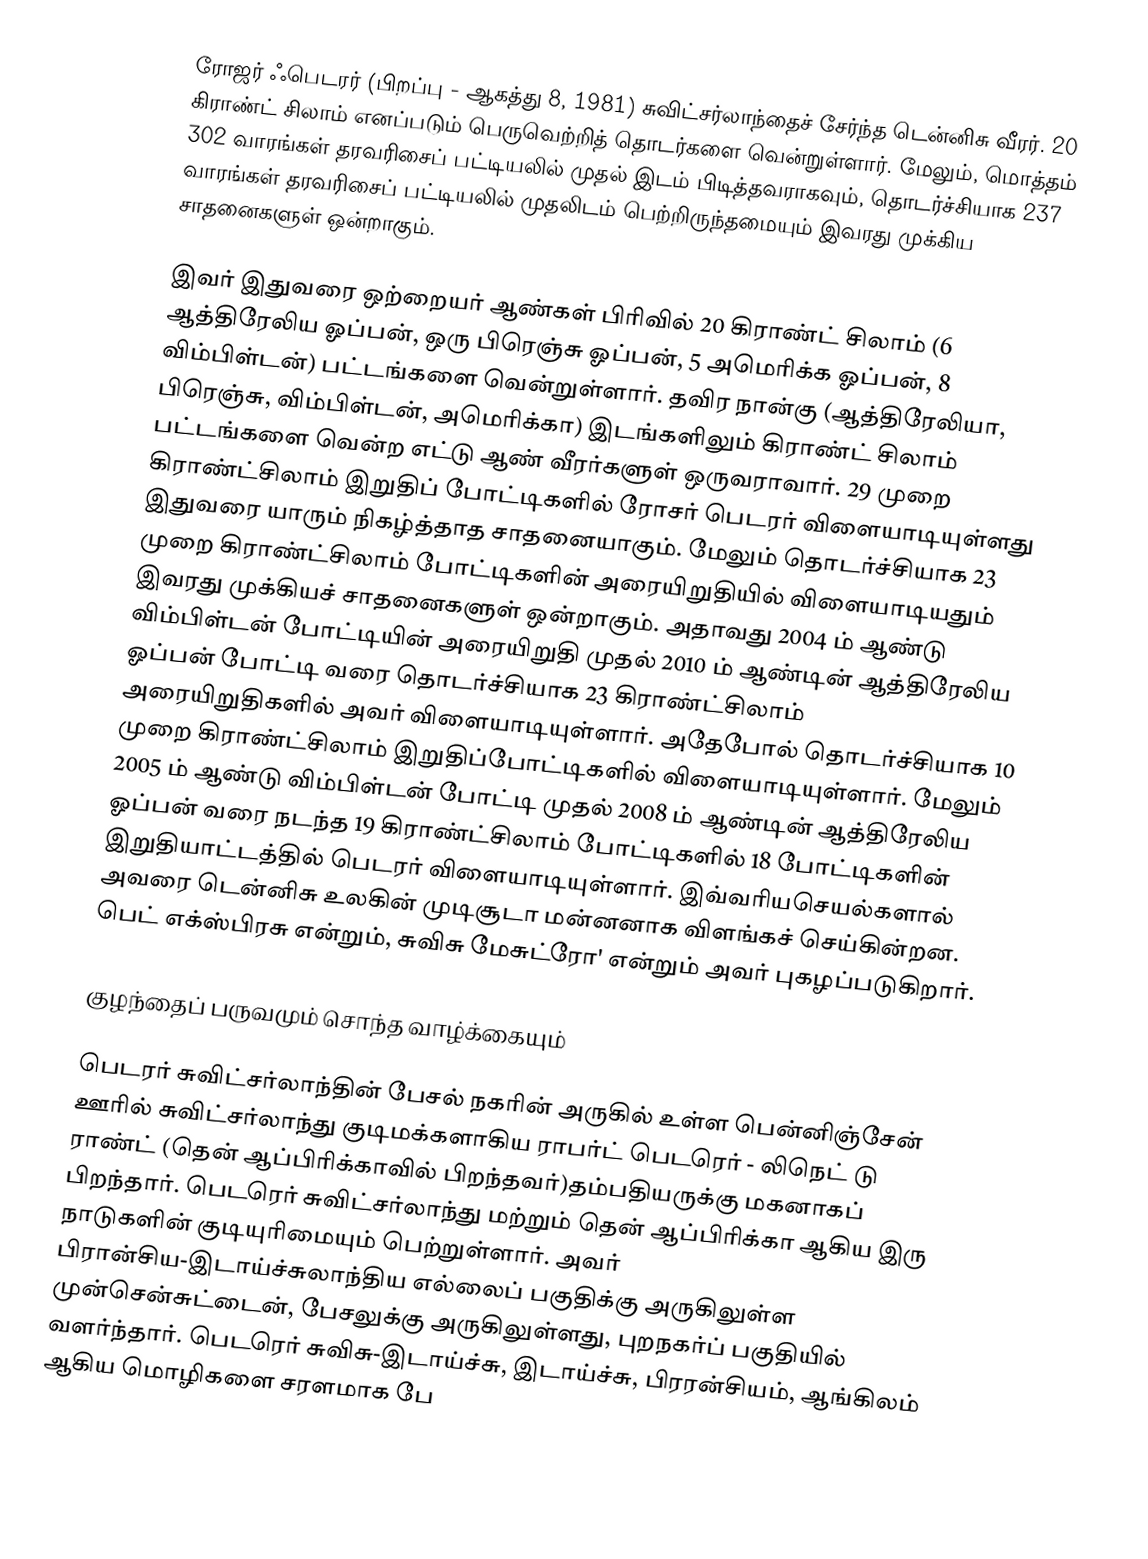
ரோஜர் ஃபெடரர் (பிறப்பு - ஆகத்து 8, 1981) சுவிட்சர்லாந்தைச் சேர்ந்த டென்னிசு வீரர். 20 கிராண்ட் சிலாம் எனப்படும் பெருவெற்றித் தொடர்களை வென்றுள்ளார். மேலும், மொத்தம் 302 வாரங்கள் தரவரிசைப் பட்டியலில் முதல் இடம் பிடித்தவராகவும், தொடர்ச்சியாக 237 வாரங்கள் தரவரிசைப் பட்டியலில் முதலிடம் பெற்றிருந்தமையும் இவரது முக்கிய சாதனைகளுள் ஒன்றாகும்.

இவர் இதுவரை ஒற்றையர் ஆண்கள் பிரிவில் 20 கிராண்ட் சிலாம் (6 ஆத்திரேலிய ஓப்பன், ஒரு பிரெஞ்சு ஓப்பன், 5 அமெரிக்க ஓப்பன், 8 விம்பிள்டன்) பட்டங்களை  வென்றுள்ளார். தவிர நான்கு (ஆத்திரேலியா, பிரெஞ்சு, விம்பிள்டன், அமெரிக்கா) இடங்களிலும் கிராண்ட் சிலாம் பட்டங்களை வென்ற எட்டு ஆண் வீரர்களுள் ஒருவராவார். 29 முறை கிராண்ட்சிலாம் இறுதிப் போட்டிகளில் ரோசர் பெடரர் விளையாடியுள்ளது இதுவரை யாரும் நிகழ்த்தாத சாதனையாகும். மேலும் தொடர்ச்சியாக 23 முறை கிராண்ட்சிலாம் போட்டிகளின் அரையிறுதியில் விளையாடியதும் இவரது முக்கியச் சாதனைகளுள் ஒன்றாகும். அதாவது 2004 ம் ஆண்டு விம்பிள்டன் போட்டியின் அரையிறுதி முதல் 2010 ம் ஆண்டின் ஆத்திரேலிய ஓப்பன் போட்டி வரை தொடர்ச்சியாக 23 கிராண்ட்சிலாம் அரையிறுதிகளில் அவர் விளையாடியுள்ளார். அதேபோல் தொடர்ச்சியாக 10 முறை கிராண்ட்சிலாம் இறுதிப்போட்டிகளில் விளையாடியுள்ளார். மேலும் 2005 ம் ஆண்டு விம்பிள்டன் போட்டி முதல் 2008 ம் ஆண்டின் ஆத்திரேலிய ஓப்பன் வரை நடந்த 19 கிராண்ட்சிலாம் போட்டிகளில் 18 போட்டிகளின் இறுதியாட்டத்தில் பெடரர் விளையாடியுள்ளார். இவ்வரியசெயல்களால் அவரை டென்னிசு உலகின் முடிசூடா மன்னனாக விளங்கச் செய்கின்றன. பெட் எக்ஸ்பிரசு என்றும், சுவிசு மேசுட்ரோ' என்றும் அவர் புகழப்படுகிறார்.

குழந்தைப் பருவமும் சொந்த வாழ்க்கையும்

பெடரர் சுவிட்சர்லாந்தின் பேசல் நகரின் அருகில் உள்ள பென்னிஞ்சேன் ஊரில் சுவிட்சர்லாந்து குடிமக்களாகிய ராபர்ட் பெடரெர் - லிநெட் டு ராண்ட் (தென் ஆப்பிரிக்காவில் பிறந்தவர்)தம்பதியருக்கு மகனாகப் பிறந்தார்.  பெடரெர் சுவிட்சர்லாந்து மற்றும் தென் ஆப்பிரிக்கா ஆகிய இரு நாடுகளின் குடியுரிமையும் பெற்றுள்ளார். அவர் பிரான்சிய-இடாய்ச்சுலாந்திய எல்லைப் பகுதிக்கு அருகிலுள்ள முன்சென்சுட்டைன், பேசலுக்கு அருகிலுள்ளது, புறநகர்ப் பகுதியில் வளர்ந்தார்.  பெடரெர் சுவிசு-இடாய்ச்சு, இடாய்ச்சு, பிரரன்சியம், ஆங்கிலம் ஆகிய மொழிகளை சரளமாக பே